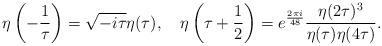
LaTeX: \begin{align*}\eta\left(-\frac{1}{\tau}\right)=\sqrt{-i\tau}\eta(\tau),\quad\eta\left(\tau+\frac{1}{2}\right)=e^{\frac{2\pi i}{48}}\dfrac{\eta(2\tau)^3}{\eta(\tau)\eta(4\tau)}. \end{align*}